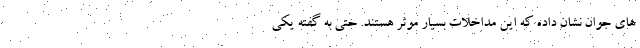
های جوان نشان داده که این مداخلات بسیار موثر هستند. حتی به گفته یکی